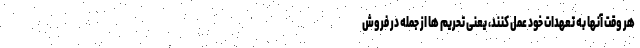
هر وقت آنها به تعهدات خود عمل کنند، یعنی تحریم ها از جمله در فروش